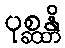
ပုစ္ဆန္တိ